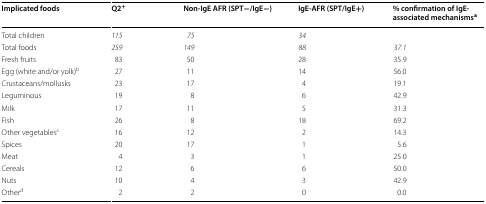
| Implicated foods | Q2+ | Non-IgE AFR (SPT−/IgE−) | IgE-AFR (SPT/IgE+) | % confirmation of IgE-associated mechanismsa |
 | --- | --- | --- | --- | --- |
 | Total children | 115 | 75 | 34 |  |
 | Total foods | 259 | 149 | 88 | 37.1 |
 | Fresh fruits | 83 | 50 | 28 | 35.9 |
 | Egg (white and/or yolk)b | 27 | 11 | 14 | 56.0 |
 | Crustaceans/mollusks | 23 | 17 | 4 | 19.1 |
 | Leguminous | 19 | 8 | 6 | 42.9 |
 | Milk | 17 | 11 | 5 | 31.3 |
 | Fish | 26 | 8 | 18 | 69.2 |
 | Other vegetablesc | 16 | 12 | 2 | 14.3 |
 | Spices | 20 | 17 | 1 | 5.6 |
 | Meat | 4 | 3 | 1 | 25.0 |
 | Cereals | 12 | 6 | 6 | 50.0 |
 | Nuts | 10 | 4 | 3 | 42.9 |
 | Otherd | 2 | 2 | 0 | 0.0 |